Elephants and their diseases
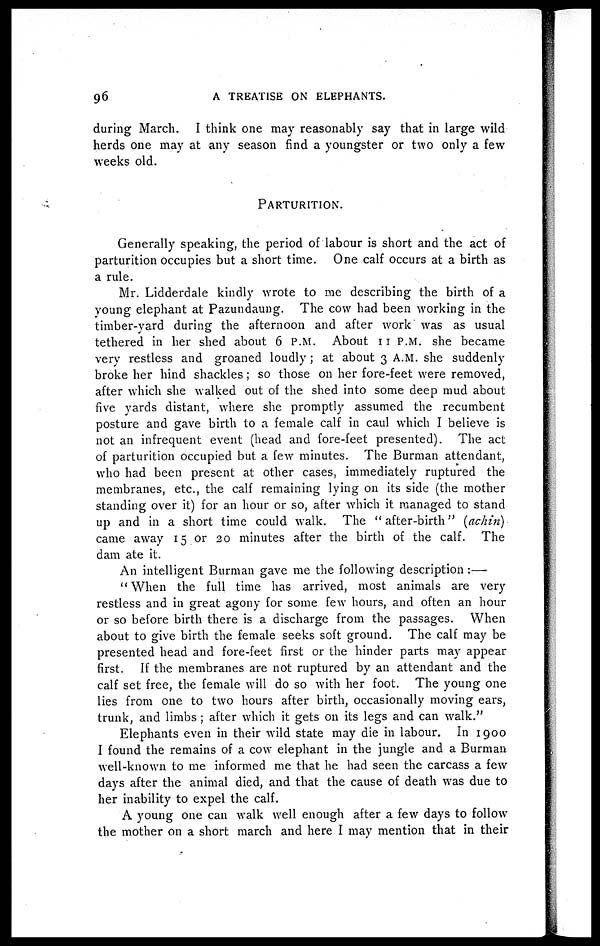
96
A TREATISE ON ELEPHANTS.
during March. I think one may reasonably say that in large wild
herds one may at any season find a youngster or two only a few
weeks old.
PARTURITION.
Generally speaking, the period of labour is short and the act of
parturition occupies but a short time. One calf occurs at a birth as
a rule.
Mr. Lidderdale kindly wrote to me describing the birth of a
young elephant at Pazundaung. The cow had been working in the
timber-yard during the afternoon and after work was as usual
tethered in her shed about 6 P.M. About 11 P.M. she became
very restless and groaned loudly ; at about 3 A.M. she suddenly
broke her hind shackles ; so those on her fore-feet were removed,
after which she walked out of the shed into some deep mud about
five yards distant, where she promptly assumed the recumbent
posture and gave birth to a female calf in caul which I believe is
not an infrequent event (head and fore-feet presented). The act
of parturition occupied but a few minutes. The Burman attendant,
who had been present at other cases, immediately ruptured the
membranes, etc., the calf remaining lying on its side (the mother
standing over it) for an hour or so, after which it managed to stand
up and in a short time could walk. The "after-birth" (achin)
came away 15 or 20 minutes after the birth of the calf. The
dam ate it.
An intelligent Burman gave me the following description :—
"When the full time has arrived, most animals are very
restless and in great agony for some few hours, and often an hour
or so before birth there is a discharge from the passages. When
about to give birth the female seeks soft ground. The calf may be
presented head and fore-feet first or the hinder parts may appear
first. If the membranes are not ruptured by an attendant and the
calf set free, the female will do so with her foot. The young one
lies from one to two hours after birth, occasionally moving ears,
trunk, and limbs ; after which it gets on its legs and can walk."
Elephants even in their wild state may die in labour. In 1900
I found the remains of a cow elephant in the jungle and a Burman
well-known to me informed me that he had seen the carcass a few
days after the animal died, and that the cause of death was due to
her inability to expel the calf.
A young one can walk well enough after a few days to follow
the mother on a short march and here I may mention that in their